Sanitation, dispensaries and jails vaccination Rajputana 1922-1927 - 1922-1927
Year: 1922
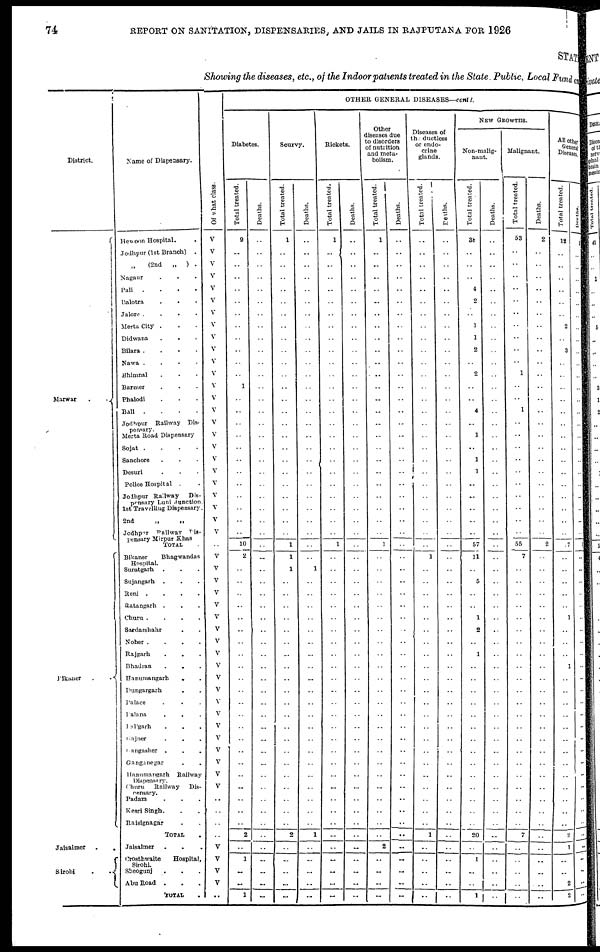
74
REPORT ON SANITATION, DISPENSARIES, AND JAILS IN RAJPUTANA FOR 1926
STAT
Showing the diseases, etc., of the Indoor patients treated in the State, Public, Local Fund and
District.
Marwar
..
Bikaner ..
Jaisalmer
..
Sirohi
.
.
Name of Dispensary.
Hewoon Hospital..
Jodhpur (1st Branch)
.
„ (2nd
„
) .
Nagaur ...
Pali ....
Balotra ...
Jalore ....
Merta City ...
Didwana ...
Bilara ....
Nawa ....
Bhimnal ...
Barmer ...
Phalodi ...
Bali ....
Jodhpur Railway Dis¬
pensary.
Merta Road Dispensary
Sojat ....
Sanchore ...
Desuri ...
Police Hospital ..
Jodhpur Railway
Dis¬
pensary Luni Junction.
1st Travelling Dispensary.
2nd
„
„
Jodhpur Railway Dis¬
pensary Mirpur Khas
TOTAL .
Bikaner
Bhagwandas
Hospital.
Suratgarh ...
Sujangarh ...
Reni
.
.
.
.
Ratangarh ...
Churu
.
.
.
.
Sardarsliahr ..
Noher
.
.
.
.
Rajparh ...
Bhadran
...
Hanumangarh
..
Dungargarh
..
Palace
...
Palana ...
Pargarh
...
Gajner
Gangashcr
.
.
.
Ganganegar ..
Hanumangarh
Railway
Dispensary.
Churu
Railway
Dis-
pensary.
Padam ...
Kesri Singh. ..
Raisignagar
TOTAL .
Jaisalmer
...
Crosthwaite
Hospital,
Sirohi.
Sheogunj ...
Abu Road
.
TOTAL .
Of what class.
V
V
V
V
V
V
V
V
V
V
V
V
V
V
V
V
V
V
V
V
V
V
V
V
V
..
V
V
V
V
V
V
V
V
V
V
V
V
V
V
V
V
V
V
V
V
..
..
..
..
V
V
V
V
..
OTHER GENERAL DISEASES—contd.
Diabetes.
Total treated.
9
..
..
..
..
..
..
..
..
..
..
..
1
..
..
..
..
..
..
..
..
..
..
..
..
10
2
..
..
..
..
..
..
..
..
..
..
..
..
..
..
..
..
..
..
..
..
..
..
2
..
1
..
..
1
Deaths.
..
..
..
..
..
..
..
..
..
..
..
..
..
..
..
..
..
..
..
..
..
..
..
..
..
..
..
..
..
..
..
..
..
..
..
..
..
..
..
..
..
..
..
..
..
..
..
..
..
..
..
..
..
..
..
Scurvy.
Total treated.
1
..
..
..
..
..
..
..
..
..
..
..
..
..
..
..
..
..
..
..
..
..
..
..
..
1
1
1
..
..
..
..
..
..
..
..
..
..
..
..
..
..
..
..
..
..
..
..
..
2
..
..
..
..
..
Deaths.
..
..
..
..
..
..
..
..
..
..
..
..
..
..
..
..
..
..
..
..
..
..
..
..
..
..
..
1
..
..
..
..
..
..
..
..
..
..
..
..
..
..
..
..
..
..
..
..
..
1
..
..
..
..
..
Rickets.
Total treated.
1
..
..
..
..
..
..
..
..
..
..
..
..
..
..
..
..
..
..
..
..
..
..
..
..
1
..
..
..
..
..
..
..
..
..
..
..
..
..
..
..
..
..
..
..
..
..
..
..
..
..
..
..
..
..
Deaths.
..
..
..
..
..
..
..
..
..
..
..
..
..
..
..
..
..
..
..
..
..
..
..
..
..
..
..
..
..
..
..
..
..
..
..
..
..
..
..
..
..
..
..
..
..
..
..
..
..
..
..
..
..
..
..
Other
diseases due
to disorders
of nutrition
and meta¬
bolism.
Total treated.
1
..
..
..
..
..
..
..
..
..
..
..
..
..
..
..
..
..
..
..
..
..
..
..
..
1
..
..
..
..
..
..
..
..
..
..
..
..
..
..
..
..
..
..
..
..
..
..
..
..
2
..
..
..
..
Deaths.
..
..
..
..
..
..
..
..
..
..
..
..
..
..
..
..
..
..
..
..
..
..
..
..
..
..
..
..
..
..
..
..
..
..
..
..
..
..
..
..
..
..
..
..
..
..
..
..
..
..
..
..
..
..
..
Diseases of
the ductless
or endo-
crine
glands.
Total treated.
..
..
..
..
..
..
..
..
..
..
..
..
..
..
..
..
..
..
..
..
..
..
..
..
..
..
1
..
..
..
..
..
..
..
..
..
..
..
..
..
..
..
..
..
..
..
..
..
..
1
..
..
..
..
..
Deaths.
..
..
..
..
..
..
..
..
..
..
..
..
..
..
..
..
..
..
..
..
..
..
..
..
..
..
..
..
..
..
..
..
..
..
..
..
..
..
..
..
..
..
..
..
..
..
..
..
..
..
..
..
..
..
..
NEW GROWTHS.
Non-malig-
nant.
Total treated.
38
..
..
..
4
2
..
1
1
2
..
2
..
..
4
..
1
..
1
1
..
..
..
..
..
57
11
..
5
..
..
1
2
..
1
..
..
..
..
..
..
..
..
..
..
..
..
..
..
20
..
1
..
..
1
Deaths.
..
..
..
..
..
..
..
..
..
..
..
..
..
..
..
..
..
..
..
..
..
..
..
..
..
..
..
..
..
..
..
..
..
..
..
..
..
..
..
..
..
..
..
..
..
..
..
..
..
..
..
..
..
..
..
Malignant.
Total treated.
53
..
..
..
..
..
..
..
..
..
..
1
..
..
1
..
..
..
..
..
..
..
..
..
..
55
7
..
..
..
..
..
..
..
..
..
..
..
..
..
..
..
..
..
..
..
..
..
..
7
..
..
..
..
..
Deaths.
2
..
..
..
..
..
..
..
..
..
..
..
..
..
..
..
..
..
..
..
..
..
..
..
..
2
..
..
..
..
..
..
..
..
..
..
..
..
..
..
..
..
..
..
..
..
..
..
..
..
..
..
..
..
..
All other
General
Diseases.
Total treated.
12
..
..
..
..
..
..
2
..
3
..
..
..
..
..
..
..
..
..
..
..
..
..
..
..
7
..
..
..
..
..
1
..
..
..
1
..
..
..
..
..
..
..
..
..
..
..
..
..
2
1
..
..
2
2
Deaths.
1
..
..
..
..
..
..
..
..
..
..
..
..
..
..
..
..
..
..
..
..
..
..
..
..
1
..
..
..
..
..
..
..
..
..
..
..
..
..
..
..
..
..
..
..
..
..
..
..
..
..
..
..
..
..